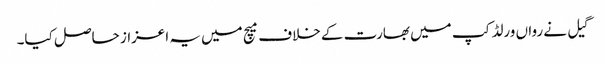
گیل نے رواں ورلڈ کپ میں بھارت کے خلاف میچ میں یہ اعزاز حاصل کیا۔